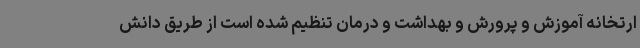
ارتخانه آموزش و پرورش و بهداشت و درمان تنظیم شده است از طریق دانش